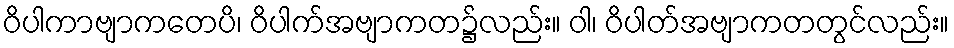
ဝိပါကာဗျာကတေပိ၊ ဝိပါက်အဗျာကတ၌လည်း။ ဝါ၊ ဝိပါတ်အဗျာကတတွင်လည်း။